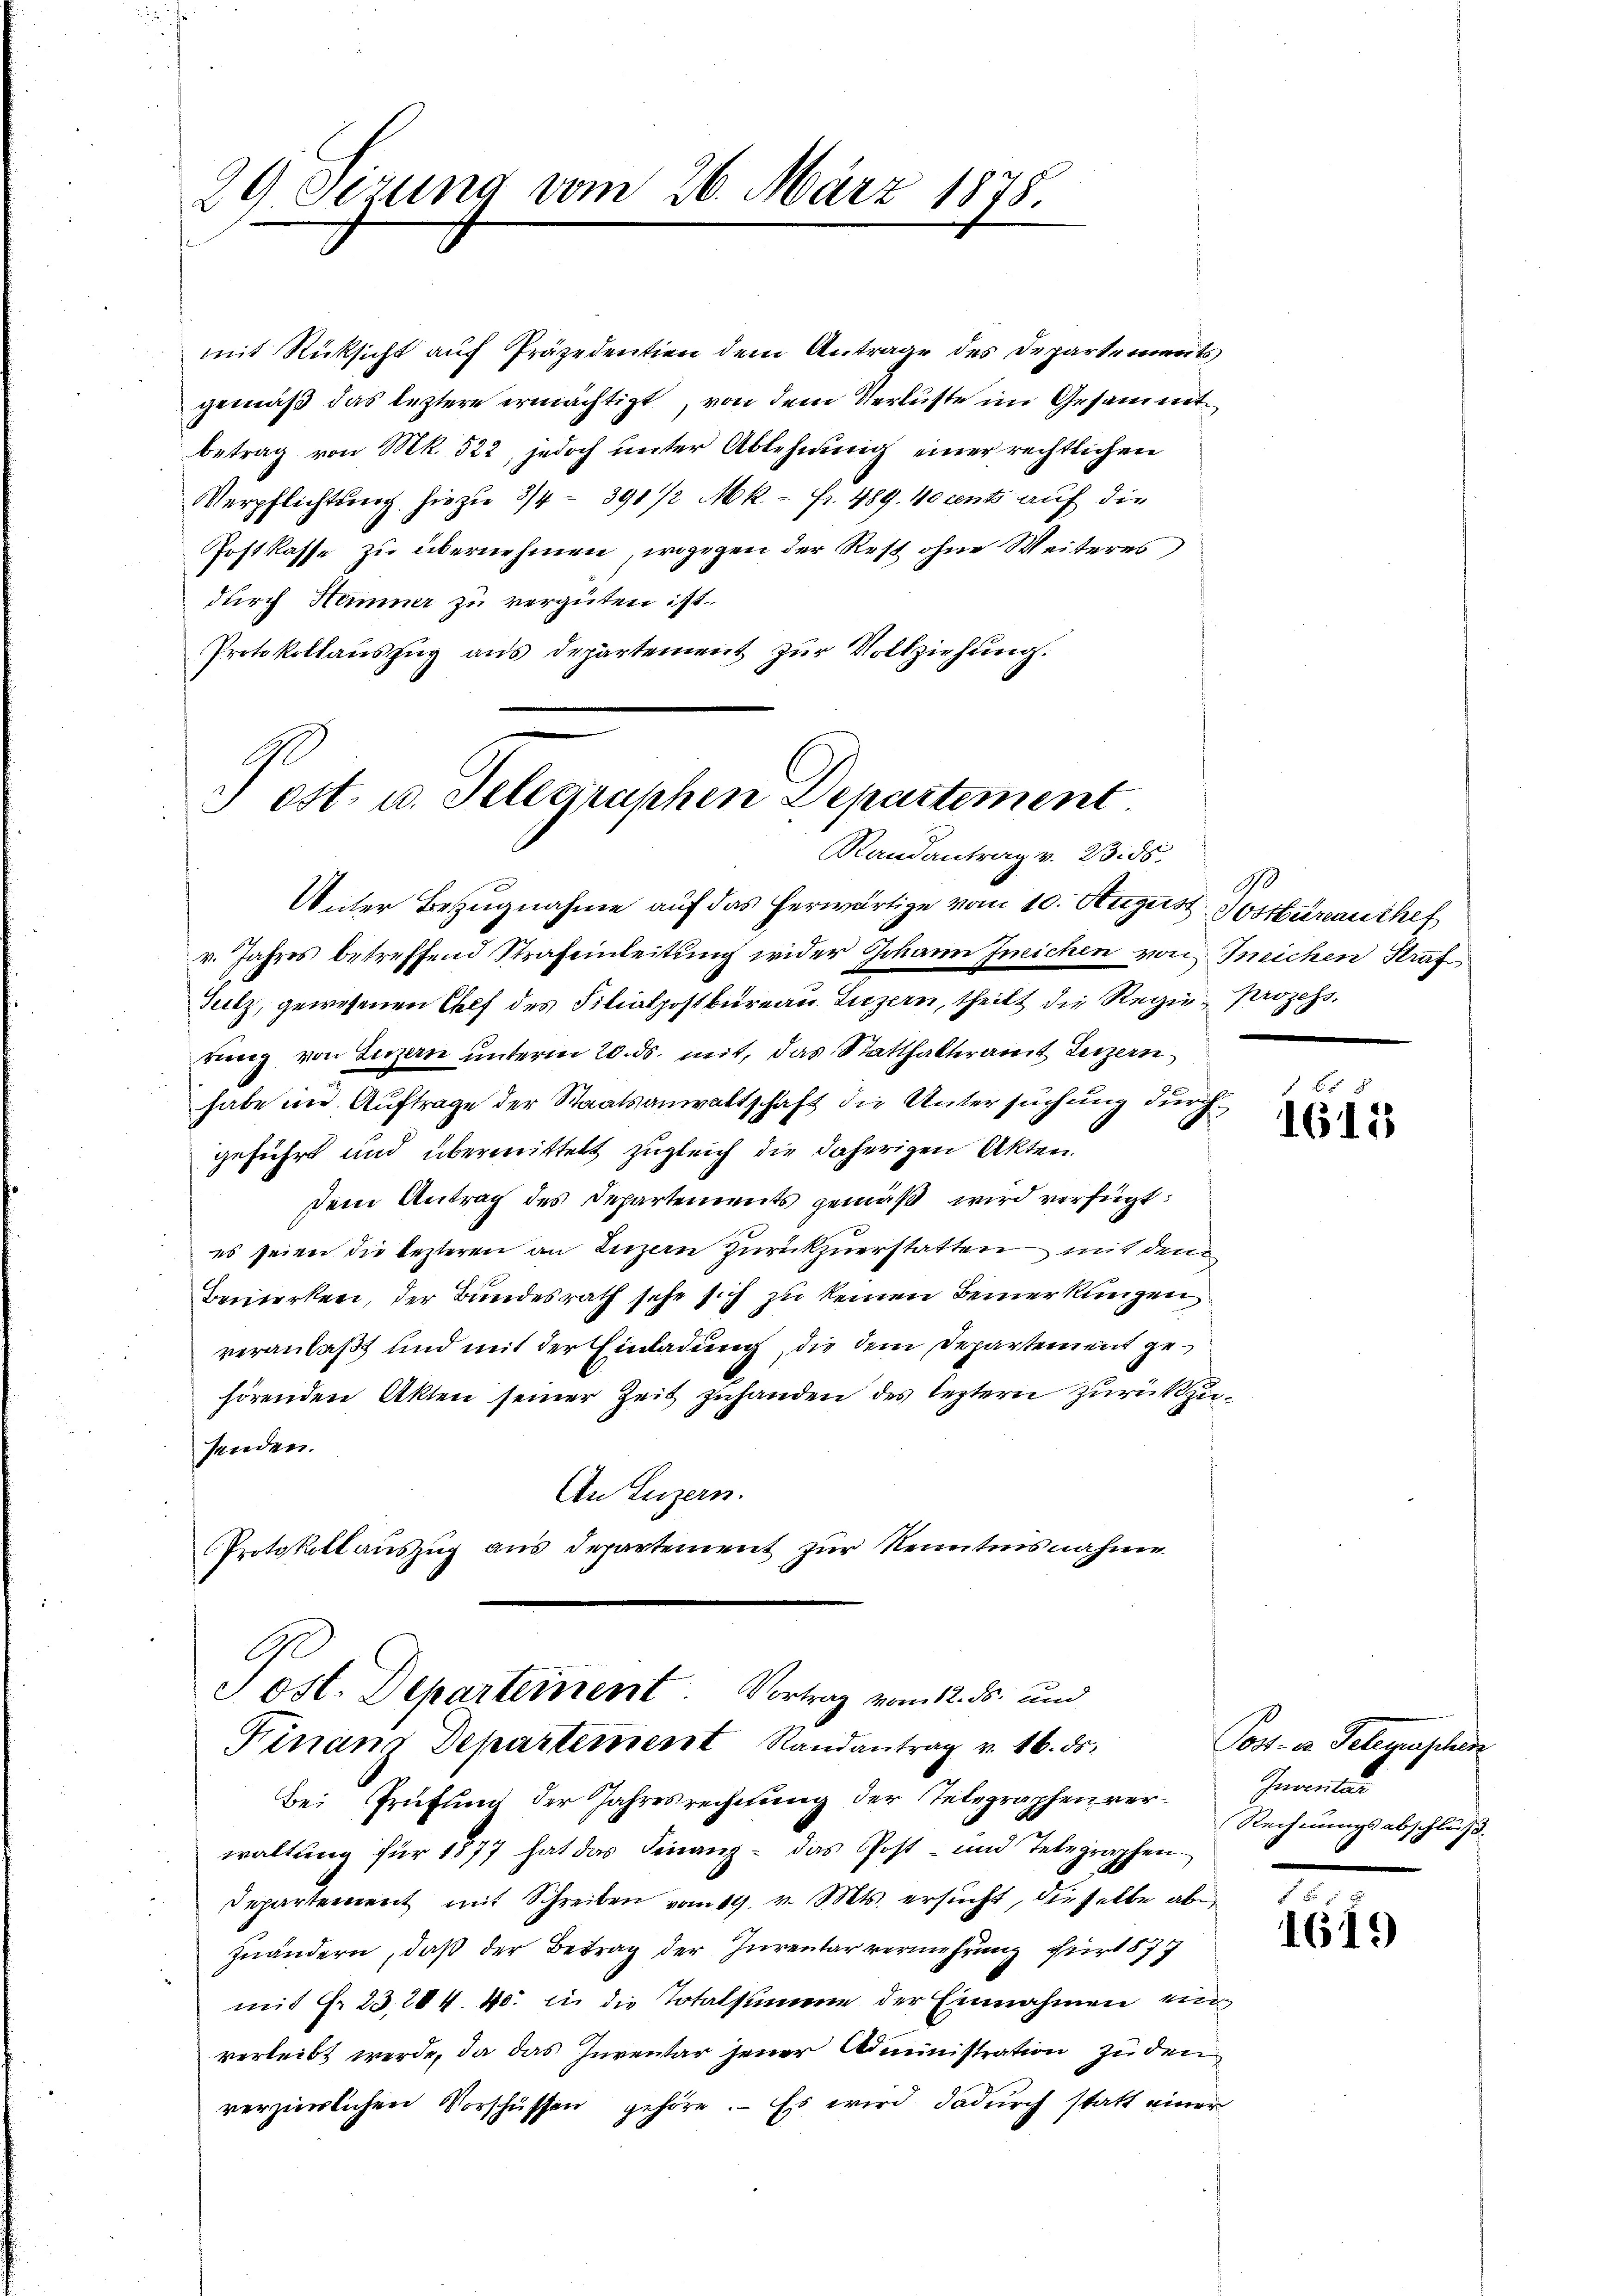
Postkasse zu übernehmen, wogegen der Rest ohne Weiteres
durch Hemmer zu vergüten ist.
Protokollauszug aus Departement zur Vollziehung.

29 Sezung vom 26. März 1878.

mit Rücksicht auf Präsidention dem Antrage des Departements
gemäß das leztere ermächtigt, von dem Verluste im Gesammtbetrag von Mk. 522, jedoch unter Ablehnung einer rechtlichen
Verpflichtung hiezu 3/4 - 391 1/2 Mk. - Fr. 489. 10 cents auf die

) est u. Telegraphen Departement
Randantrag v. 23. ds.

Unter Bezugnahme auf das herwärtige vom 10. August Postkuranchef
v. Jahres betreffend Strafeinleitung wider Johann freichen von Ineichen Straf
Sulz, gewesenen Chef des Filialpostbureau Luzern, theilt die Regie- Prozess.
rung von Luzern unterm 20. ds. mit, das Statthalteramt Luzern
habe in Auftrage der Staatsanwaltschaft die Untersuchung durch
geführt und übermittelt zugleich die daherigen Akten.
dem Antrag des Departements gemäß wird verfügt:
es seien die lezteren an Luzern zurückzuerstatten, mit dem
Bemerken, der Bundesrath sehe sich zu keinen Bemerkungen
veranlaßt und mit der Einladung, die dem Departement gehörenden Akten seiner Zeit zuhanden des leztern zurückzusenden.
An Luzern.
Protokollauszug aus Departement zur Kenntnisnahme
C
Tost. Departement. Vortrag vom 12. ds. und
Finans Departement Randantrag v. 16. ds.
Bei Prüfung der Jahresrechnung der Telegraphenverwaltung für 1877 hat das Finanz- das Post- und Telegraphen
Departement mit Schreiben vom 19. v. Mts. ersucht, dieselbe abe
zuändern, daß der Betrag der Jurentar vermehrung für 877
mit Nr. 23. 284. 40. in die Totalsumme der Einnahmen ein
verleibt werde, da das Inventar jener Administration zu den
verzüglichen Vorschüssen gehöre. Es wird dadurch statt einer

d

f

1615

Pos. in Gelegensten
Inventar
Rechnungsabschluß.

1619